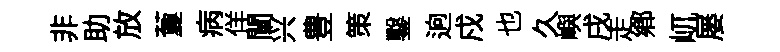
非助放藑病佯闡兴豊策鑿逈戍也久嶼戌走郷屼屡